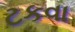
ટકવા